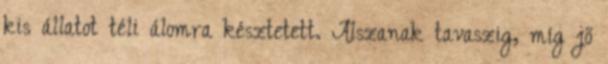
kis állatot téli álomra késztetett. Alszanak tavaszig, míg jő